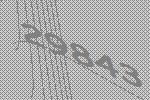
29843